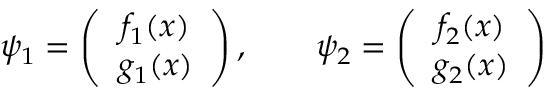
\psi _ { 1 } = \left( \begin{array} { c } { { f _ { 1 } ( x ) } } \\ { { g _ { 1 } ( x ) } } \end{array} \right) , \qquad \psi _ { 2 } = \left( \begin{array} { c } { { f _ { 2 } ( x ) } } \\ { { g _ { 2 } ( x ) } } \end{array} \right)